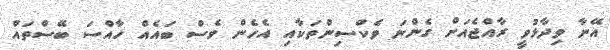
އޭނާ ވިދާޅުވީ ރާއްޖެއަށް ގެންނަ ވެކްސިންތަކާއި އެހެން ވެސް ބައެއް ހާއްސަ ބޭސްތައް